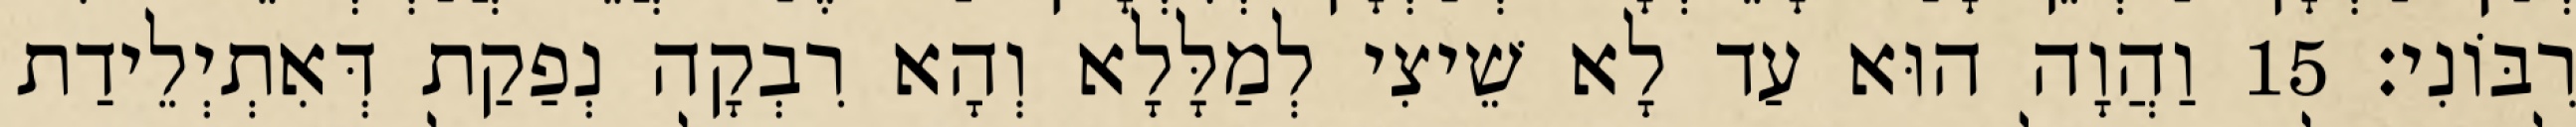
רִבּוֹנִי׃ 15 וַהֲוָה הוּא עַד לָא שֵׁיצִי לְמַלָּלָא וְהָא רִבְקָה נְפַקַת דְּאִתְיְלֵידַת